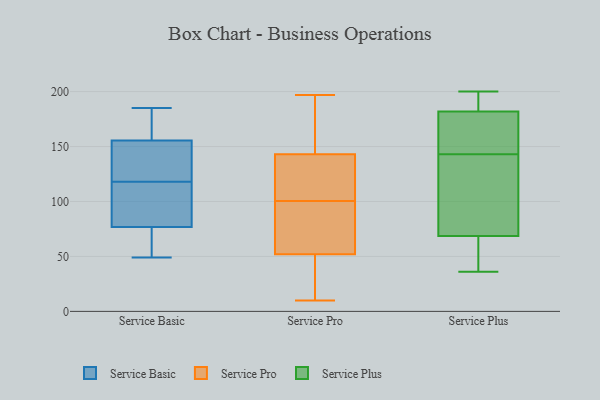
{"axis": {"x": "Bounce Rate (%)", "y": "Value"}, "legend": ["Service Basic", "Service Plus", "Service Pro"], "data": [{"x": "", "y": 49, "type": "Service Basic"}, {"x": "", "y": 89, "type": "Service Basic"}, {"x": "", "y": 55, "type": "Service Basic"}, {"x": "", "y": 153, "type": "Service Basic"}, {"x": "", "y": 127, "type": "Service Basic"}, {"x": "", "y": 76, "type": "Service Basic"}, {"x": "", "y": 118, "type": "Service Basic"}, {"x": "", "y": 87, "type": "Service Basic"}, {"x": "", "y": 156, "type": "Service Basic"}, {"x": "", "y": 165, "type": "Service Basic"}, {"x": "", "y": 160, "type": "Service Basic"}, {"x": "", "y": 185, "type": "Service Basic"}, {"x": "", "y": 94, "type": "Service Basic"}, {"x": "", "y": 79, "type": "Service Basic"}, {"x": "", "y": 73, "type": "Service Basic"}, {"x": "", "y": 165, "type": "Service Basic"}, {"x": "", "y": 151, "type": "Service Basic"}, {"x": "", "y": 60, "type": "Service Basic"}, {"x": "", "y": 154, "type": "Service Basic"}, {"x": "", "y": 10, "type": "Service Pro"}, {"x": "", "y": 52, "type": "Service Pro"}, {"x": "", "y": 77, "type": "Service Pro"}, {"x": "", "y": 47, "type": "Service Pro"}, {"x": "", "y": 143, "type": "Service Pro"}, {"x": "", "y": 165, "type": "Service Pro"}, {"x": "", "y": 128, "type": "Service Pro"}, {"x": "", "y": 115, "type": "Service Pro"}, {"x": "", "y": 33, "type": "Service Pro"}, {"x": "", "y": 197, "type": "Service Pro"}, {"x": "", "y": 28, "type": "Service Pro"}, {"x": "", "y": 86, "type": "Service Pro"}, {"x": "", "y": 84, "type": "Service Pro"}, {"x": "", "y": 126, "type": "Service Pro"}, {"x": "", "y": 192, "type": "Service Pro"}, {"x": "", "y": 169, "type": "Service Pro"}, {"x": "", "y": 86, "type": "Service Pro"}, {"x": "", "y": 130, "type": "Service Pro"}, {"x": "", "y": 103, "type": "Service Plus"}, {"x": "", "y": 61, "type": "Service Plus"}, {"x": "", "y": 188, "type": "Service Plus"}, {"x": "", "y": 189, "type": "Service Plus"}, {"x": "", "y": 36, "type": "Service Plus"}, {"x": "", "y": 90, "type": "Service Plus"}, {"x": "", "y": 131, "type": "Service Plus"}, {"x": "", "y": 200, "type": "Service Plus"}, {"x": "", "y": 164, "type": "Service Plus"}, {"x": "", "y": 176, "type": "Service Plus"}, {"x": "", "y": 159, "type": "Service Plus"}, {"x": "", "y": 155, "type": "Service Plus"}, {"x": "", "y": 188, "type": "Service Plus"}, {"x": "", "y": 63, "type": "Service Plus"}, {"x": "", "y": 74, "type": "Service Plus"}, {"x": "", "y": 54, "type": "Service Plus"}]}